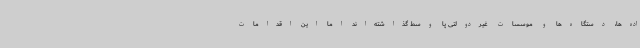
اده‌ها، دستگاه‌ها و موسسات غیردولتی پا وسط گذاشته‌اند اما این اقدامات